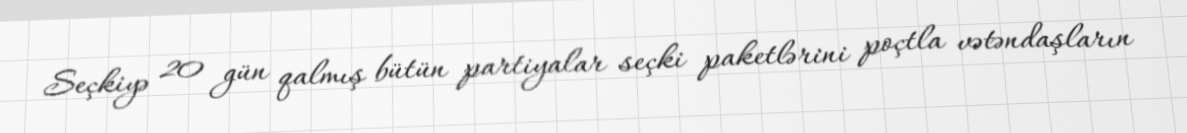
Seçkiyə 20 gün qalmış bütün partiyalar seçki paketlərini poçtla vətəndaşların